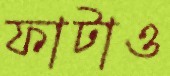
ফাটাও